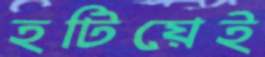
হটিয়েই